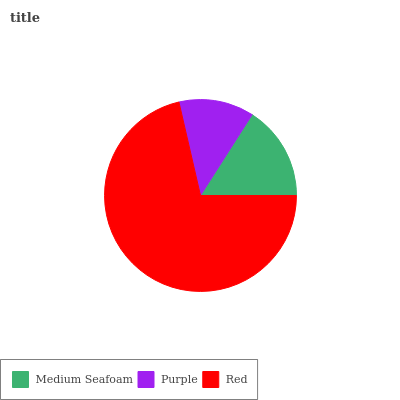
| Medium Seafoam | Purple | Red |
 | --- | --- | --- |
 | 15.9% | 12.6% | 71.4% |